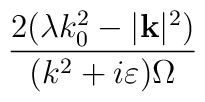
\frac{2(\lambda k_{0}^{2}-|\mathbf{k}|^{2})}{(k^{2}+i\varepsilon )\Omega }